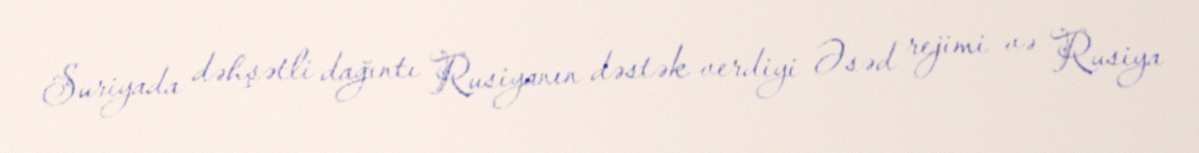
Suriyada dəhşətli dağıntı Rusiyanın dəstək verdiyi Əsəd rejimi və Rusiya